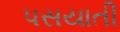
પસયાતી